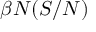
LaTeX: \beta N ( S / N )